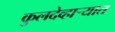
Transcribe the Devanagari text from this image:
कुलदेव्हार्‍यात